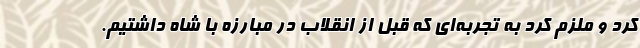
کرد و ملزم کرد به تجربه‌ای که قبل از انقلاب در مبارزه با شاه داشتیم.